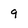
Character: 9